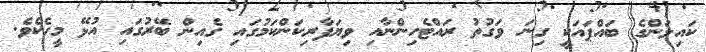
ކައިލަންގެ ބައްޕައަކީ ގިނަ ވަގުތު ރައްޓެހިންނާއި ވިޔަފާރިކަންކަމުގައި ގެއިން ބޭރުގައި އުޅޭ މީހެކެވެ.